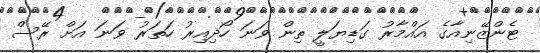
ޓެންޒޭނިއާގެ އައްމާރު ގަޑިޔަލީ ތިން ވަނަ ހޯދިއިރު ހަތަރު ވަނަ އަށް ރޭސް